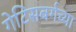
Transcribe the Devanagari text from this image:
गेटिसबर्गच्या